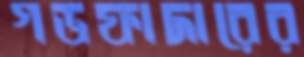
গডফাদারের